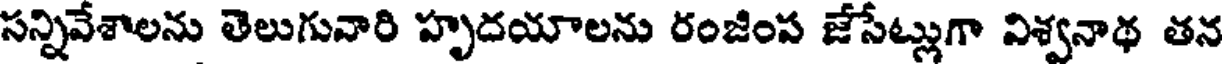
సన్నివేశాలను తెలుగువారి హృదయాలను రంజింప జేసేట్లుగా విశ్వనాథ తన